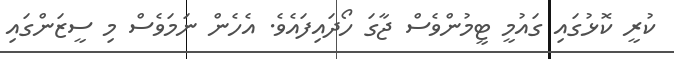
ކުރީ ކޮޅުގައި ގައުމީ ޓީމުންވެސް ޖާގަ ހޯދައިފައެވެ. އެހެން ނަމަވެސް މި ސީޒަންގައި